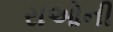
રાઓની